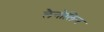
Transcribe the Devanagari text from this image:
लैनोलिन